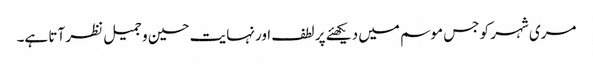
مری شہر کو جس موسم میں دیکھئے پر لطف اور نہایت حسین و جمیل نظر آتا ہے۔